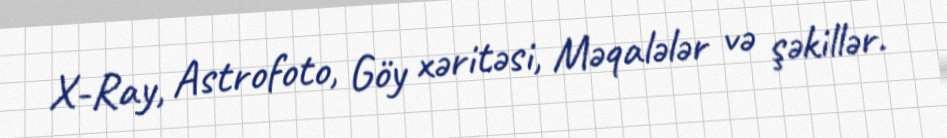
X-Ray, Astrofoto, Göy xəritəsi, Məqalələr və şəkillər.